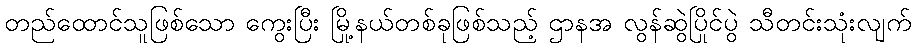
တည်ထောင်သူဖြစ်သော ကွေးပြီး မြို့နယ်တစ်ခုဖြစ်သည့် ဌာနအ လွန်ဆွဲပြိုင်ပွဲ သီတင်းသုံးလျက်